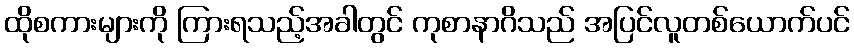
ထိုစကားများကို ကြားရသည့်အခါတွင် ကုစာနာဂိသည် အပြင်လူတစ်ယောက်ပင်